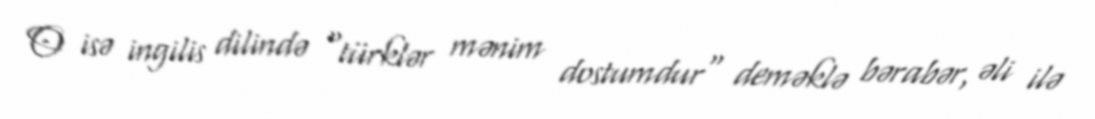
O isə ingilis dilində "türklər mənim dostumdur" deməklə bərabər, əli ilə